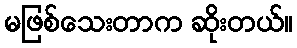
မဖြစ်သေးတာက ဆိုးတယ်။